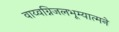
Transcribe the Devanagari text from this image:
वाय्वग्निजलभूम्यात्मने